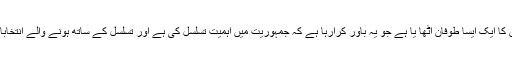
دسترخوانی قبیلے اور موٹے پیٹوں کے لشکر نے بدقسمتی سے پاکستان میں دانش کا ایک ایسا طوفان اُٹھا یا ہے جو یہ باور کرارہا ہے کہ جمہوریت میں اہمیت تسلسل کی ہے اور تسلسل کے ساتھ ہونے والے انتخابات میں معاشرہ خود بخود بدعنوانوں کو پرچی کی طاقت سے نکال باہر کرتا ہے۔